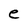
Character: e